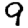
Digit: 9